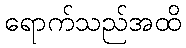
ရောက်သည်အထိ